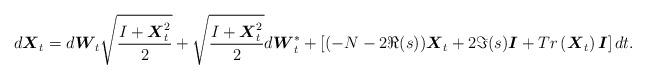
LaTeX: \begin{align*}d\boldsymbol{X}_t=d\boldsymbol{W}_t\sqrt{\frac{I+\boldsymbol{X}_t^2}{2}}+\sqrt{\frac{I+\boldsymbol{X}_t^2}{2}}d\boldsymbol{W}_t^*+\left[(-N-2\Re(s))\boldsymbol{X}_t+2\Im(s)\boldsymbol{I}+ Tr\left(\boldsymbol{X}_t\right)\boldsymbol{I}\right]dt.\end{align*}